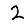
Digit: 2